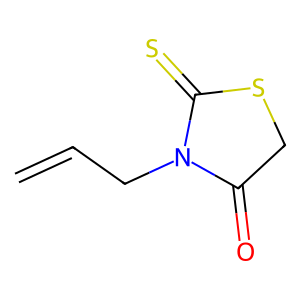
SMILES: C=CCN1C(=O)CSC1=S
Inhibits HIV replication: No